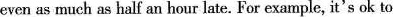
even as much as half an hour late. For example, it's ok to